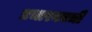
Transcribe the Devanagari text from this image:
प्रचारकाची